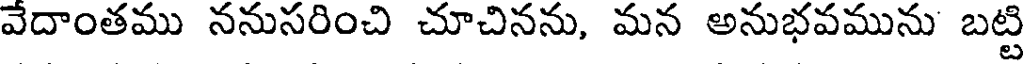
వేదాంతము ననుసరించి చూచినను, మన అనుభవమును బట్టి